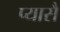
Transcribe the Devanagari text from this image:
प्यासै